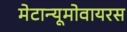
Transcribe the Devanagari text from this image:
मेटान्यूमोवायरस